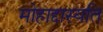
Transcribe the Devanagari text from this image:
मोहाद्दास्यति